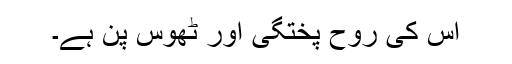
اس کی روح پختگی اور ٹھوس پن ہے۔